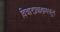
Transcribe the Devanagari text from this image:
विचारप्रवाहामधून